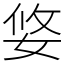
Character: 㛜